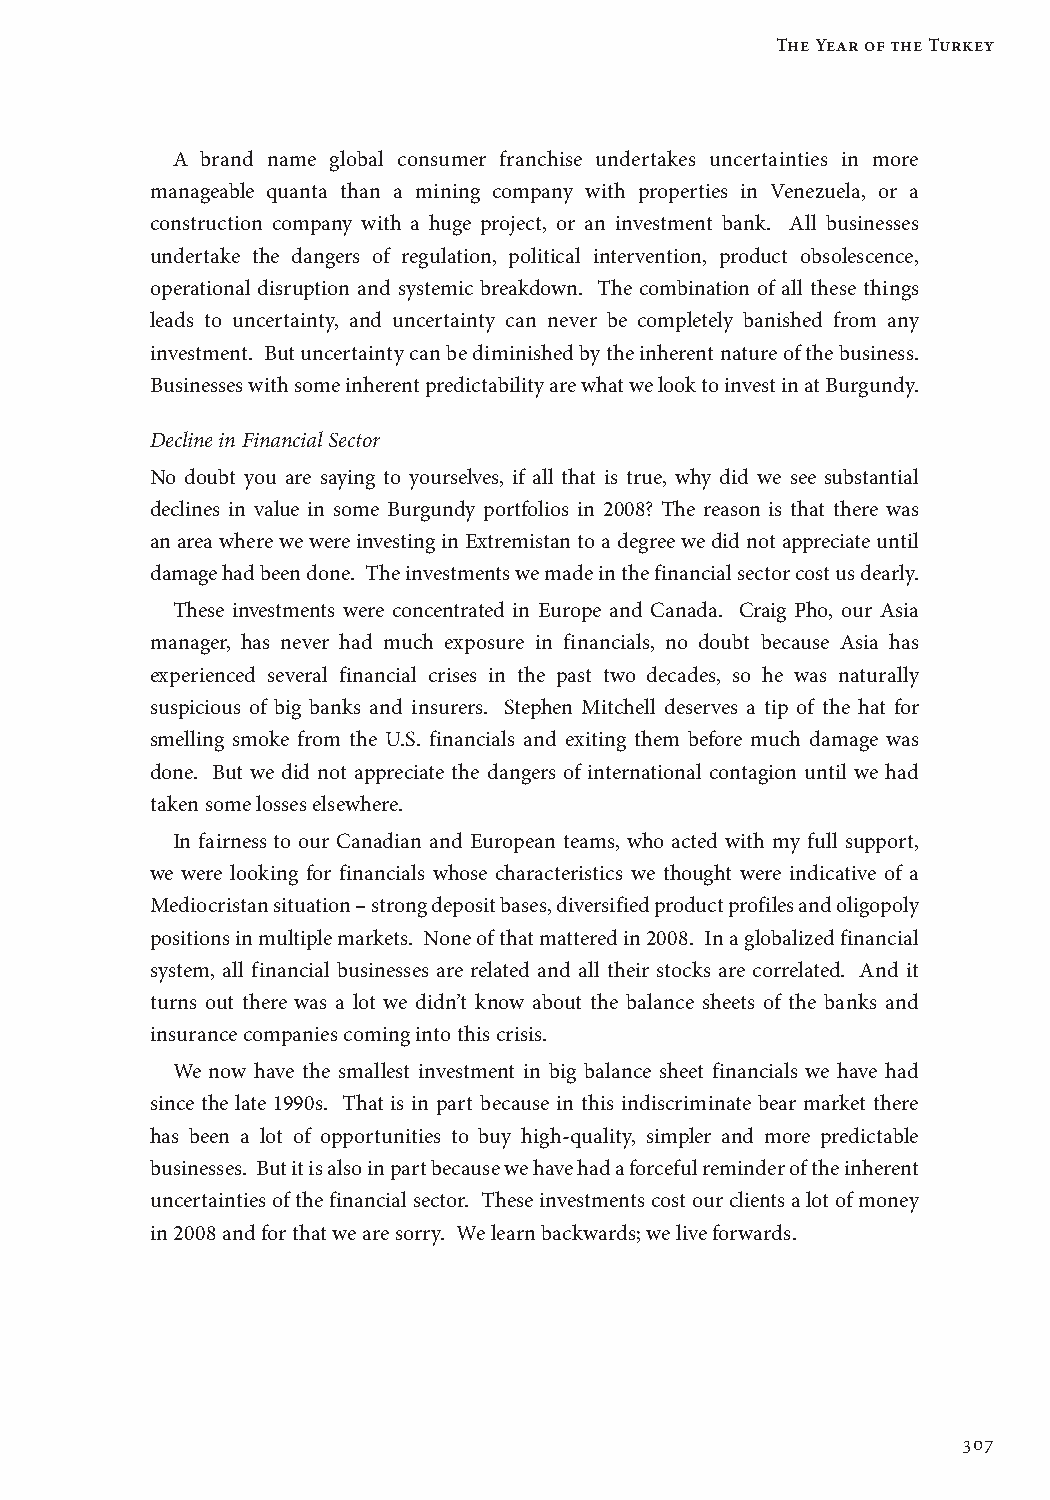
The Year of the Turkey
 A brand name global consumer franchise undertakes uncertainties in more
 manageable quanta than a mining company with properties in Venezuela, or a
 construction company with a huge project, or an investment bank. All businesses
 undertake the dangers of regulation, political intervention, product obsolescence,
 operational disruption and systemic breakdown. The combination of all these things
 leads to uncertainty, and uncertainty can never be completely banished from any
 investment. But uncertainty can be diminished by the inherent nature of the business.
 Businesses with some inherent predictability are what we look to invest in at Burgundy.
 Decline in Financial Sector
 No doubt you are saying to yourselves, if all that is true, why did we see substantial
 declines in value in some Burgundy portfolios in 2008? The reason is that there was
 an area where we were investing in Extremistan to a degree we did not appreciate until
 damage had been done. The investments we made in the financial sector cost us dearly.
 These investments were concentrated in Europe and Canada. Craig Pho, our Asia
 manager, has never had much exposure in financials, no doubt because Asia has
 experienced several financial crises in the past two decades, so he was naturally
 suspicious of big banks and insurers. Stephen Mitchell deserves a tip of the hat for
 smelling smoke from the U.S. financials and exiting them before much damage was
 done. But we did not appreciate the dangers of international contagion until we had
 taken some losses elsewhere.
 In fairness to our Canadian and European teams, who acted with my full support,
 we were looking for financials whose characteristics we thought were indicative of a
 Mediocristan situation – strong deposit bases, diversified product profiles and oligopoly
 positions in multiple markets. None of that mattered in 2008. In a globalized financial
 system, all financial businesses are related and all their stocks are correlated. And it
 turns out there was a lot we didn’t know about the balance sheets of the banks and
 insurance companies coming into this crisis.
 We now have the smallest investment in big balance sheet financials we have had
 since the late 1990s. That is in part because in this indiscriminate bear market there
 has been a lot of opportunities to buy high-quality, simpler and more predictable
 businesses. But it is also in part because we have had a forceful reminder of the inherent
 uncertainties of the financial sector. These investments cost our clients a lot of money
 in 2008 and for that we are sorry. We learn backwards; we live forwards.
 307